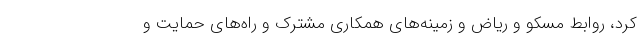
کرد، روابط مسکو و ریاض و زمینه‌های همکاری مشترک و راه‌های حمایت و